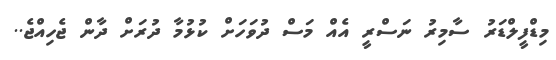
މިޑްފީލްޑަރު ސާމިރު ނަސްރީ އެއް މަސް ދުވަހަށް ކުޅުމާ ދުރަށް ދާން ޖެހިއްޖެ..